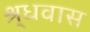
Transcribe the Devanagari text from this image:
श्र्धवास